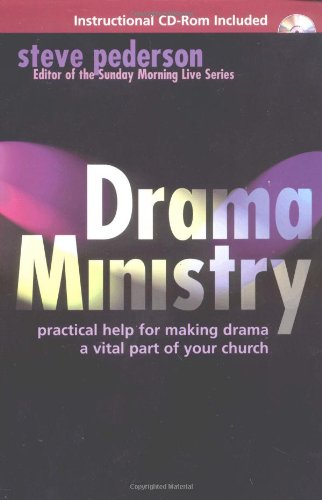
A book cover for Drama Ministry; Steve Pederson; Literature & Fiction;